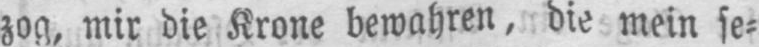
zog, mir die Krone bewahren, die mein se⸗